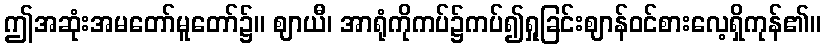
ဤအဆုံးအမတော်မူတော်၌။ ဈာယီ၊ အာရုံကိုကပ်၌ကပ်၍ရှုခြင်းဈာန်ဝင်စားလေ့ရှိကုန်၏။